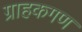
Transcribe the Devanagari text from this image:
ग्राहकगण